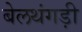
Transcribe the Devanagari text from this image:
बेलथंगड़ी